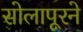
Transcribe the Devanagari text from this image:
सोलापूरने